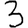
Digit: 3